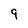
Character: 9